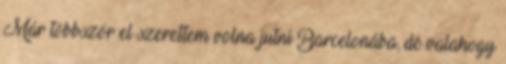
Már többször el szerettem volna jutni Barcelonába, de valahogy